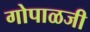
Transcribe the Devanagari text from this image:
गोपाळजी